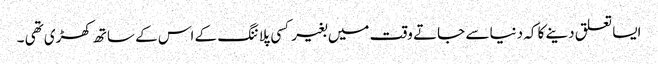
ایسا تعلق دینے کا کہ دنیا سے جاتے وقت میں بغیر کسی پلاننگ کے اس کے ساتھ کھڑی تھی ۔